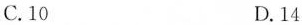
C.10 D.14